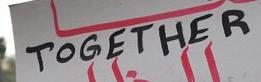
together